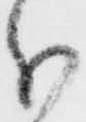
分